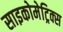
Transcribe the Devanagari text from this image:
साइकोमेट्रिक्स